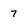
Character: 7